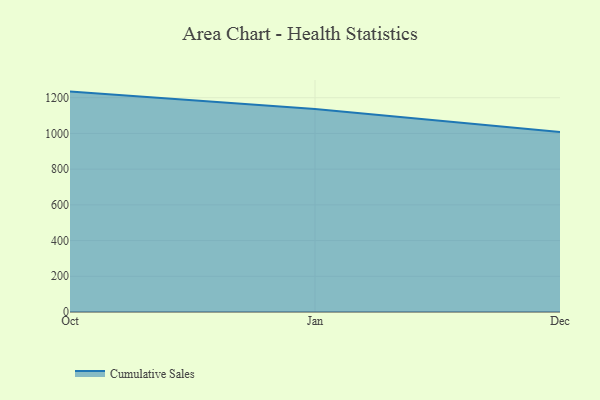
{"axis": {"x": "Month", "y": "Humidity (%)"}, "legend": ["Cumulative Sales"], "data": [{"x": "Oct", "y": 1234.3, "type": "Cumulative Sales"}, {"x": "Jan", "y": 1137.0, "type": "Cumulative Sales"}, {"x": "Dec", "y": 1008.0, "type": "Cumulative Sales"}]}